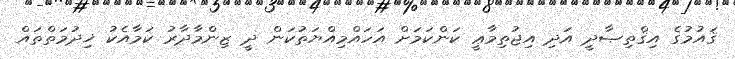
ޤައުމުގެ އިޤްތިޞާދީ އަދި އިޖުތިމާޢީ ކަންކަމަށް އަހައްމިއްޔަތުކަން ދީ ޒިންމާދާރު ކަމާއެކު ޚިދުމަތްތައް